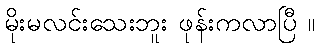
မိုးမလင်းသေးဘူး ဖုန်းကလာပြီ ။